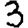
Digit: 3